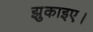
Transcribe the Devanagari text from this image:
झुकाइए।